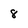
Character: 8